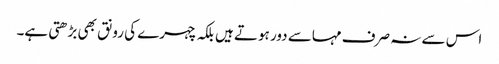
اس سے نہ صرف مہاسے دور ہوتے ہیں بلکہ چہرے کی رونق بھی بڑھتی ہے۔